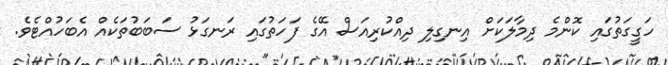
ހަގީގަތުގައި ކޮންމެ ދިމާލަކަށް އިނގިލި ދިއްކުރިއަސް އޭގެ ފަހަތުގައި ރަނގަޅު ސަބަބުތަކެއް އެބަހުއްޓެވެ.